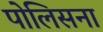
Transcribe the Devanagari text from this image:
पोलिसना